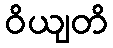
ဝိယျတိ